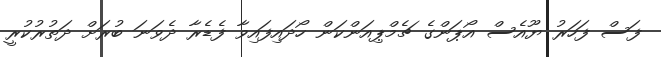
ފަސް ފަހަރު ޔޫއެސް އޯޕަންގެ ޗެމްޕިއަންކަން ހޯދައިފައިވާ ފެޑެރާ ދެވަނަ ބުރަށް ދަތުރުކުރީ